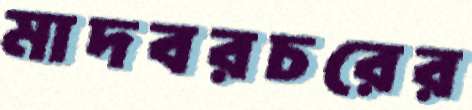
মাদবরচরের